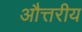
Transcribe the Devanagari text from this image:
औत्तरीय